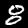
Digit: 8